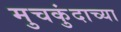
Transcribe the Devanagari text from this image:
मुचकुंदाच्या